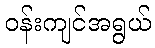
ဝန်းကျင်အရွယ်